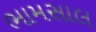
ભામસાલ